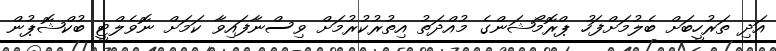
އަދި ތަރުހީބަށް ބެލުމަށްފަހު ޕްރޮމޯޝަންގެ މުއްދަތު އިތުރުކުރުމަށް ވިސްނާފައިވާ ކަމަށް ނޮވެލްޓީ ބުކްޝޮޕުން